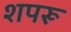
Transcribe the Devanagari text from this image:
शपरू